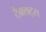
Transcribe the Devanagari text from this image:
टैक्सट्स